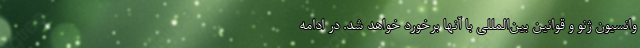
وانسیون ژنو و قوانین بین‌المللی با آنها برخورد خواهد شد. در ادامه